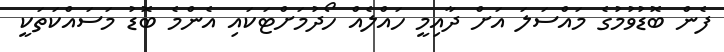
ފެން ބޮޑުވުމުގެ މައްސަލަ އަށް ދާއިމީ ހައްލެއް ހޯދުމަށްޓަކައި އެންމެ ބޮޑު މަސައްކަތަކީ